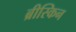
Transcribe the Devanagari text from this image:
ब्रीस्किन